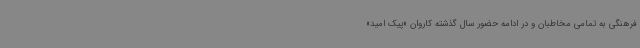
فرهنگی به تمامی مخاطبان و در ادامه حضور سال گذشته کاروان «پیک امید»